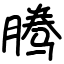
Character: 腾